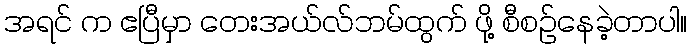
အရင် က ဧပြီမှာ တေးအယ်လ်ဘမ်ထွက် ဖို့ စီစဉ်နေခဲ့တာပါ။